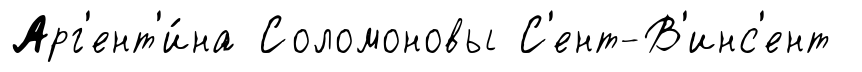
Арг'ент'и́на Соломоновы С'ент-В'инс'ент